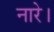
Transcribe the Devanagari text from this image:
नारे।